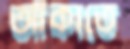
আঁকাতে